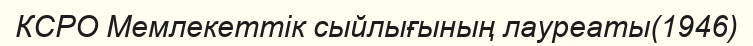
КСРО Мемлекеттік сыйлығының лауреаты(1946)